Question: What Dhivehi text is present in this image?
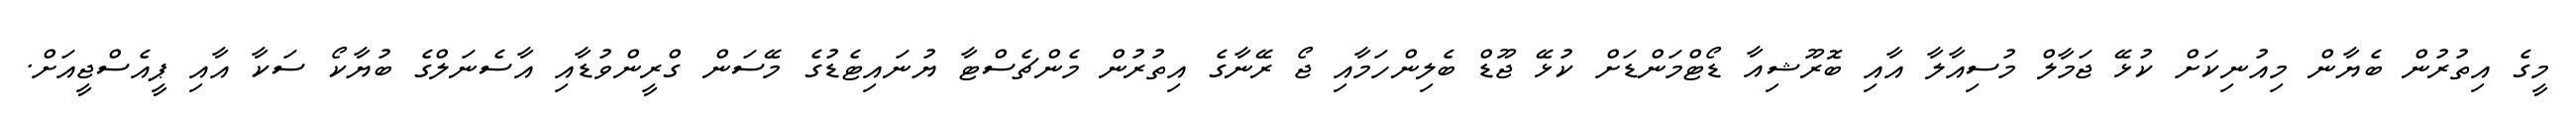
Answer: މީގެ އިތުރުން ބެޔާން މިއުނިކަށް ކުޅޭ ޖަމާލް މުސިއާލާ އާއި ބޮރޫޝިއާ ޑޯޓްމަންޑަށް ކުޅޭ ޖޫޑް ބެލިންހަމާއި ޖޯ ރޭނާގެ އިތުރުން މެންޗެސްޓާ ޔުނައިޓެޑުގެ މޭސަން ގްރީންވުޑާއި އާސެނަލްގެ ބުޔާކޯ ސަކާ އާއި ޕީއެސްޖީއަށް.